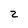
Character: 2